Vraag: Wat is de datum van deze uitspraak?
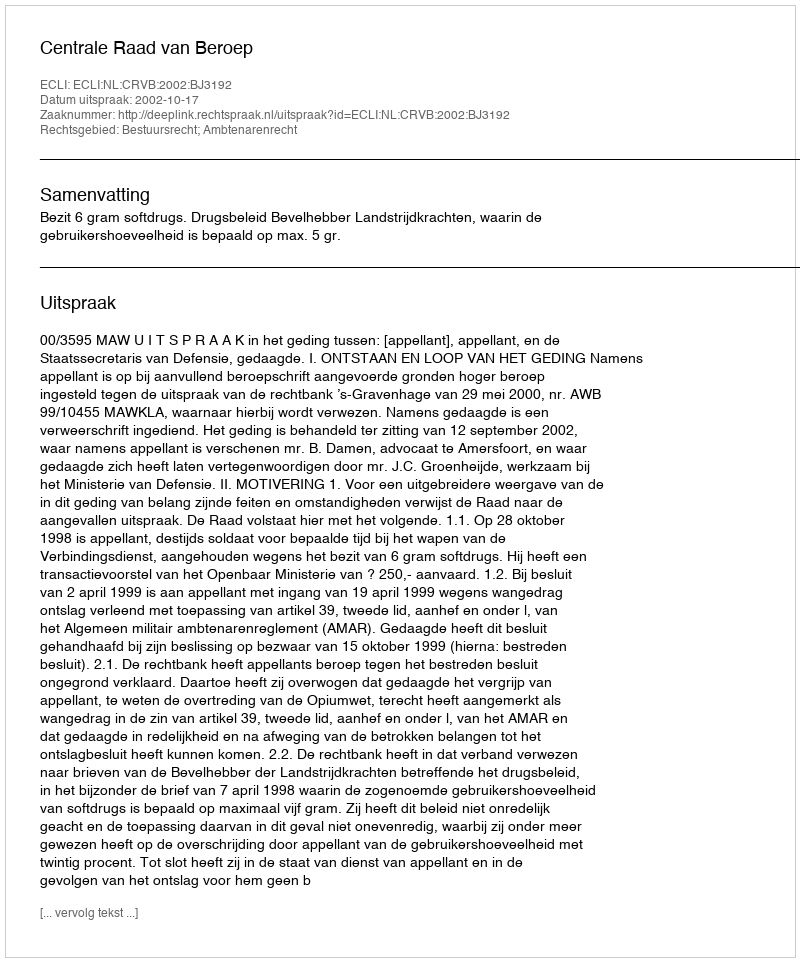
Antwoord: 2002-10-17